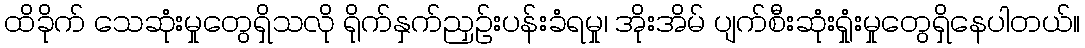
ထိခိုက် သေဆုံးမှုတွေရှိသလို ရိုက်နှက်ညှဉ်းပန်းခံရမှု၊ အိုးအိမ် ပျက်စီးဆုံးရှုံးမှုတွေရှိနေပါတယ်။